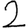
Digit: 2